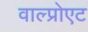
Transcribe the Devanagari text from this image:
वाल्प्रोएट